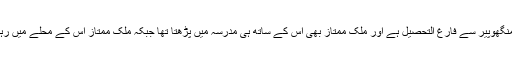
ذوہیر ولد محمد بشیر جو کہ مدرسہ عبداللہ بن مسعود منگھوپیر سے فارغ التحصیل ہے اور ملک ممتاز بھی اس کے ساتھ ہی مدرسہ میں پڑھتا تھا جبکہ ملک ممتاز اس کے محلے میں رہتا تھا جس کی وجہ سے اس کے قریبی تعلقات تھے ،۔